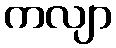
ကလျာ